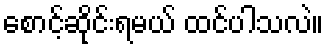
စောင့်ဆိုင်းရမယ် ထင်ပါသလဲ။